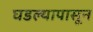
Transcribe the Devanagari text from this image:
घडल्यापासून